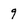
Character: 9